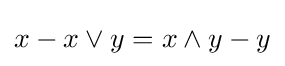
x-x\vee y=x\wedge y-y